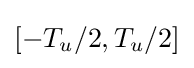
[-T_{u}/2,T_{u}/2]